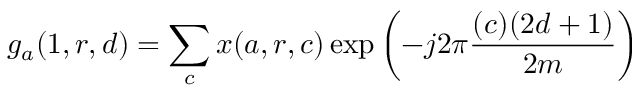
g _ { a } ( 1 , r , d ) = \sum _ { c } x ( a , r , c ) \exp \left( - j 2 \pi { \frac { ( c ) ( 2 d + 1 ) } { 2 m } } \right)